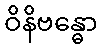
ဝိနိဗန္ဓော